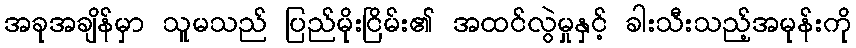
အခုအချိန်မှာ သူမသည် ပြည်မိုးငြိမ်း၏ အထင်လွဲမှုနှင့် ခါးသီးသည့်အမုန်းကို